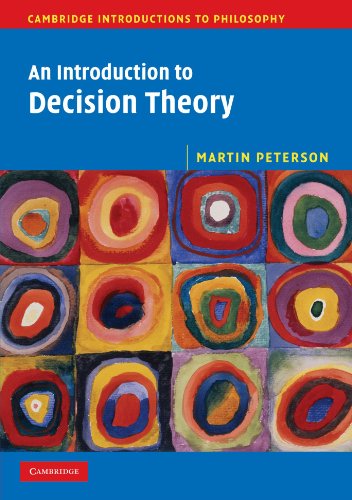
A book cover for An Introduction to Decision Theory (Cambridge Introductions to Philosophy); Martin Peterson; Science & Math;